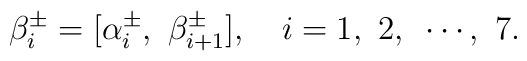
\beta_i^\pm = [\alpha_i^\pm ,~ \beta_{i+1}^\pm],~~~i=1,~2,~\cdots,~7.